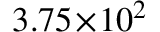
3 . 7 5 \! \times \! 1 0 ^ { 2 }